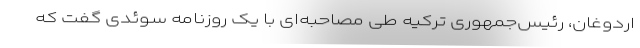
اردوغان، رئیس‌جمهوری ترکیه طی مصاحبه‌ای با یک روزنامه سوئدی گفت که